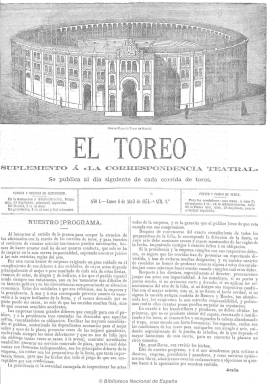
Título: El Toreo (Madrid. 1874)
Colección: Toros
Ámbito geográfico: Madrid
Lugar de publicación: Madrid
Fechas: 06/04/1874-20/08/1927

Nace como suplemento de la revista semanal La correspondencia teatral (1873-1875) el seis de abril de 1874, y al año siguiente aparece ya como revista independiente, llegando a ser decana de la prensa taurina madrileña a principios del siglo veinte, al mismo tiempo que alcanza grandes tiradas (4.000 ejemplares en 1913 y unos 2.500 entre 1920 y 1927). Sus principales críticos utilizarán sucesivamente el mismo seudónimo: Paco Media-Luna. Se trata de Emilio Sánchez Pastor, que tras una larga carrera periodística pasará a dedicarse a la política, y Antonio Ibáñez González (1850-1913).

Al principio en números de cuatro páginas y en su última época de ocho, su frecuencia será irregular, al principio se señala que saldrá “al día siguiente de cada corrida”, para después tener una periodicidad semanal, saliendo los lunes y más tarde los jueves y por último los sábados.

Abarca una gran época de la tauromaquia, y a lo largo de sus 54 años de existencia permanecerá en su cabecera un grabado de la Plaza de Toros de Madrid que en 1874 se había inaugurado en la calle Goya. Insertará también algunos grabados de toreros, pero sobre todo en su última década de vida introducirá la fotografía taurina (retratos, lances taurinos, etc.).

Junto a la revista La lidia, consiguió un merecido crédito entre los aficionados por su independencia y alta calidad, contando con corresponsales en todas las provincias españolas y en los países de habla hispana. También llega a contar con el servicio de despachos telegráficos. Además de las crónicas, críticas o revistas taurinas, publicará también una guía taurina con los nombres de los toreros y sus apoderados, además de anuncios comerciales. También dio cabida a charadas y acertijos y a artículos sobre el arte, la técnica y la historia taurina.

Desde el 28 de octubre de 1874 hasta el 13 de marzo de 1875 llega a estar suspendida, y a partir de esta última fecha su propietario, editor y director será Pedro Núñez Samper, de cuya imprenta había estado saliendo, hasta que a la muerte de este, en 1903, le sucede en esta empresa Mariano Núñez Samper.

La colección de la Biblioteca Nacional de España termina el 20 de agosto de 1927, pero debió seguir publicándose hasta el siguiente año, y durante esta etapa de la dictadura primoriverista sufre también la revisión de sus ediciones por la censura militar.